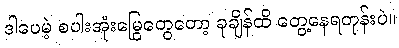
ဒါပေမဲ့ စပါးအုံးမြွေတွေတော့ ခုချိန်ထိ တွေ့နေရတုန်းပဲ။